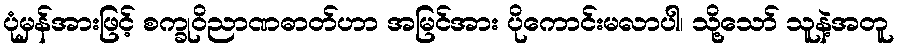
ပုံမှန်အားဖြင့် စက္ခုဝိညာဏဓာတ်ဟာ အမြင်အား ပိုကောင်းမလာပါ၊ သို့သော် သူနဲ့အတူ